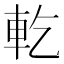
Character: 𨊰